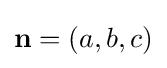
\mathbf {n} =(a,b,c)